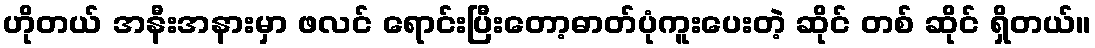
ဟိုတယ် အနီးအနားမှာ ဖလင် ရောင်းပြီးတော့ဓာတ်ပုံကူးပေးတဲ့ ဆိုင် တစ် ဆိုင် ရှိတယ်။